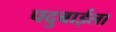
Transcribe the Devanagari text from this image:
पदुबाईला